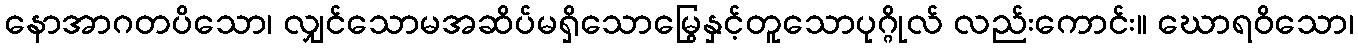
နောအာဂတပိသော၊ လျှင်သောမအဆိပ်မရှိသောမြွေနှင့်တူသောပုဂ္ဂိုလ် လည်းကောင်း။ ဃောရဝိသော၊